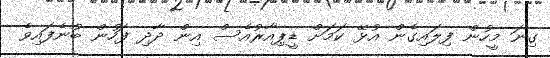
ގިނަ މީހުން ފިލައިގެން އުޅޭ ކަމަށް ޑީޕިއާރުއެސް އިން ދާދި ފަހުން ބުނެފައިވެ